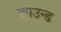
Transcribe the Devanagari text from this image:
क्राउन्ड